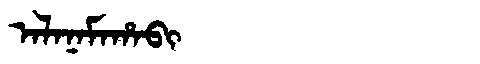
Manchu: ᠠᠯᠠᠨᠠᠮᠠᡥᠠᠪᡳ
Romanization: ALANAMAHABI